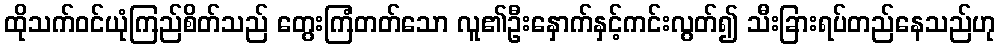
ထိုသက်ဝင်ယုံကြည်စိတ်သည် တွေးကြံတတ်သော လူ၏ဦးနှောက်နှင့်ကင်းလွတ်၍ သီးခြားရပ်တည်နေသည်ဟု